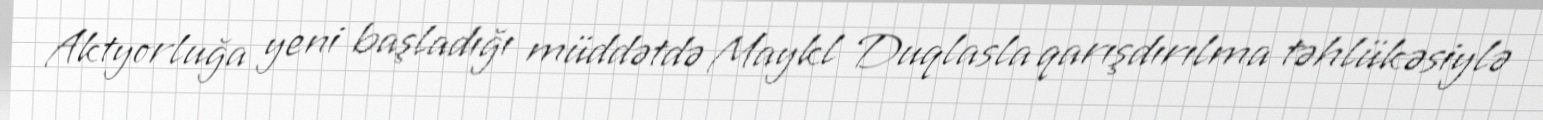
Aktyorluğa yeni başladığı müddətdə Maykl Duqlasla qarışdırılma təhlükəsiylə